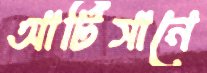
আর্টিসানে